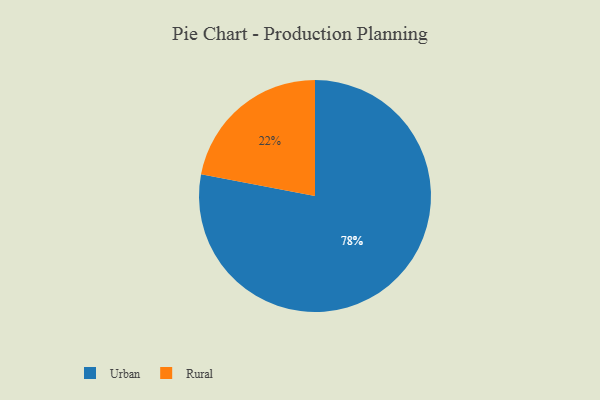
{"axis": {"x": "Category", "y": "Percentage"}, "legend": ["Rural", "Urban"], "data": [{"x": "Rural", "y": 22, "type": "Rural"}, {"x": "Urban", "y": 78, "type": "Urban"}]}